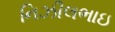
નિઝીલભાઇ